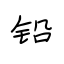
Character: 铅